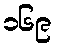
၁၆၉